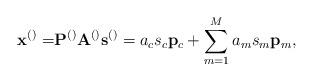
LaTeX: \begin{align*}\mathbf{x}^{\left(\right)}=&\mathbf{P}^{\left(\right)}\mathbf{A}^{\left(\right)}\mathbf{s}^{\left(\right)}=a_c s_c \mathbf{p}_c+\sum_{m=1}^{M}a_m s_m \mathbf{p}_m, \end{align*}